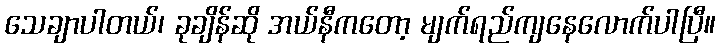
သေချာပါတယ်၊ ခုချိန်ဆို အယ်နီကတော့ မျက်ရည်ကျနေလောက်ပါပြီ။